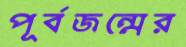
পূর্বজন্মের